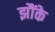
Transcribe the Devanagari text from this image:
झौंके